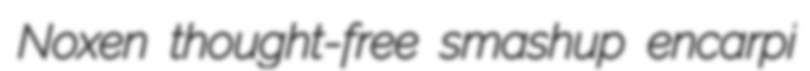
Noxen thought-free smashup encarpi